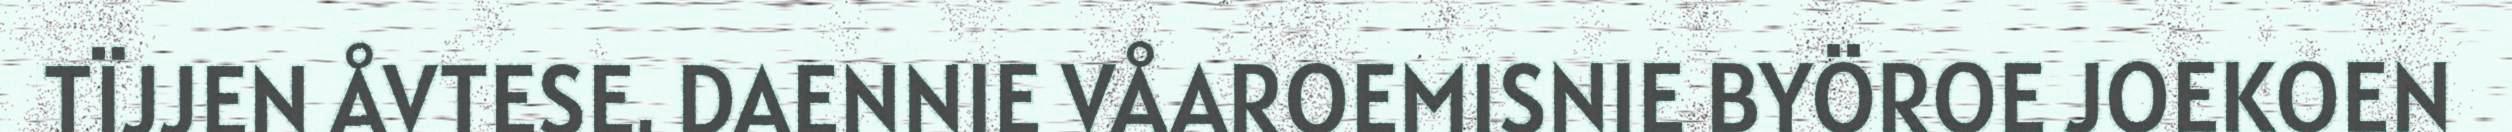
TÏJJEN ÅVTESE. DAENNIE VÅAROEMISNIE BYÖROE JOEKOEN